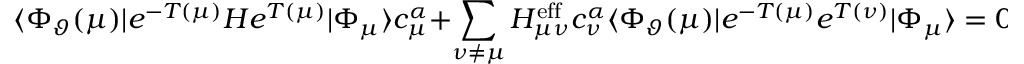
\langle \Phi _ { \vartheta } ( \mu ) | e ^ { - T ( \mu ) } H e ^ { T ( \mu ) } | \Phi _ { \mu } \rangle c _ { \mu } ^ { \alpha } + \sum _ { \nu \ne \mu } H _ { \mu \nu } ^ { \mathrm { e f f } } c _ { \nu } ^ { \alpha } \langle \Phi _ { \vartheta } ( \mu ) | e ^ { - T ( \mu ) } e ^ { T ( \nu ) } | \Phi _ { \mu } \rangle = 0